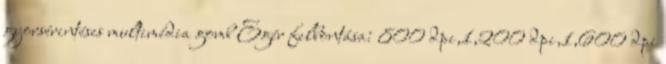
gyorsérintéses multimédia gomb Egér felbontása: 800 dpi,1,200 dpi,1,600 dpi